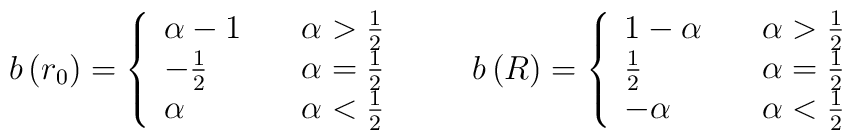
b\left(r_0\right) =\left\{\begin{array}{ll}  \alpha -1 & \quad \alpha>\frac{1}{2} \\  -\frac{1}{2} & \quad \alpha = \frac{1}{2} \\  \alpha & \quad \alpha<\frac{1}{2}\end{array}\right.\qquad b\left(R\right) =\left\{\begin{array}{ll}  1-\alpha  & \quad \alpha>\frac{1}{2} \\  \frac{1}{2} & \quad \alpha = \frac{1}{2} \\  -\alpha & \quad \alpha<\frac{1}{2}\end{array}\right.